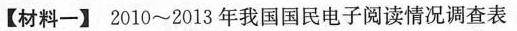
【材料一】2010~2013年我国国民电子阅读情况调查表